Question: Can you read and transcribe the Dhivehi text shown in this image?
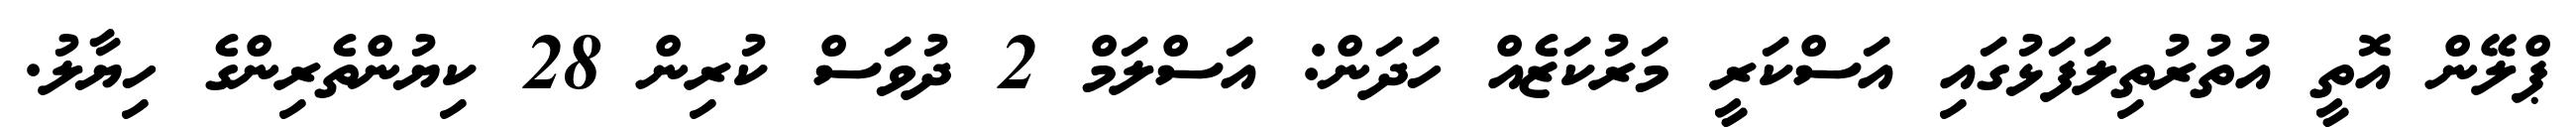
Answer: ޕްލޭން އޮތީ އުތުރުތިލަފަޅުގައި އަސްކަރީ މަރުކަޒެއް ހަދަން: އަސްލަމް 2 ދުވަސް ކުރިން 28 ކިޔުންތެރިންގެ ހިޔާލު.